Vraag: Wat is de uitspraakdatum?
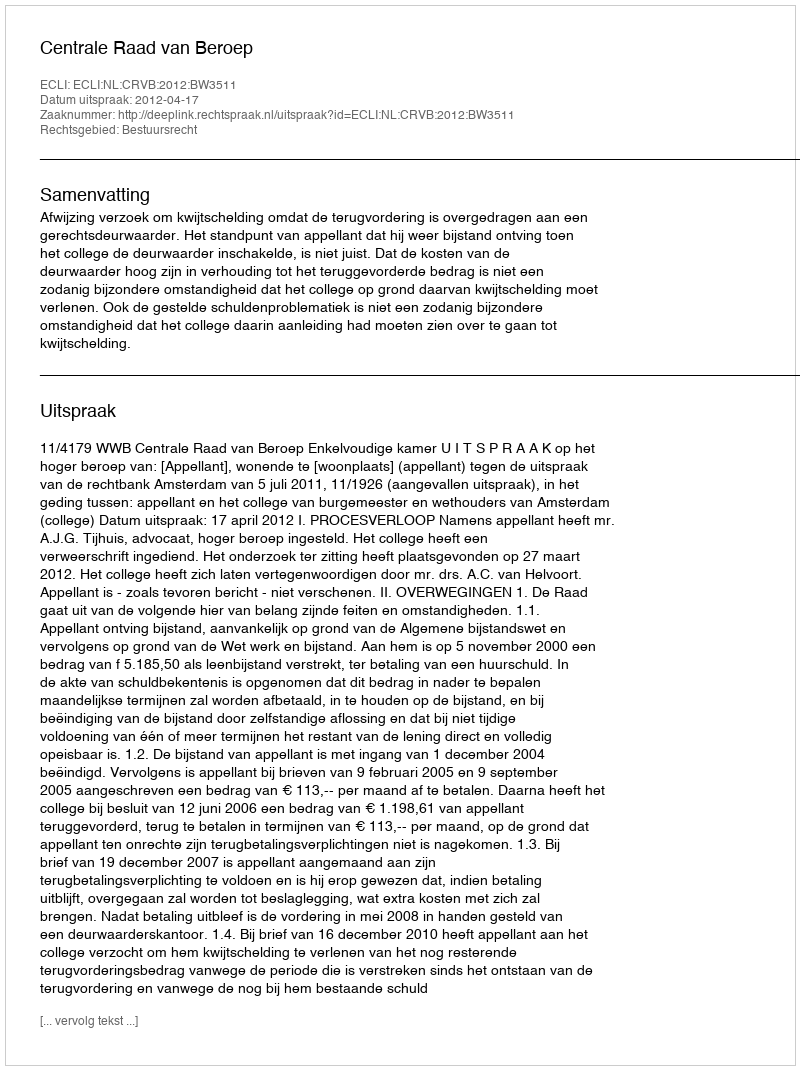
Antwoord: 2012-04-17